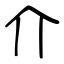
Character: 介